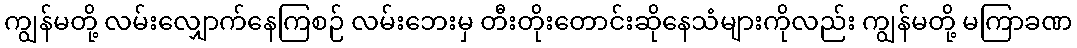
ကျွန်မတို့ လမ်းလျှောက်နေကြစဉ် လမ်းဘေးမှ တီးတိုးတောင်းဆိုနေသံများကိုလည်း ကျွန်မတို့ မကြာခဏ